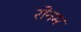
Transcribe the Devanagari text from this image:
रोनम